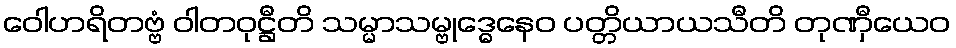
ဝေါဟရိတဗ္ဗံ ဝါတဝုဋ္ဌီတိ သမ္မာသမ္ဗုဒ္ဓေနေဝ ပတ္တိယာယသီတိ တုဏှီယေဝ